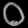
Digit: ၀